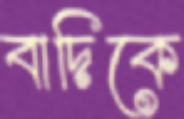
বাদিকে